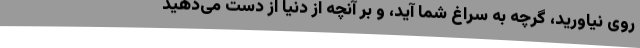
روى نیاورید، گرچه به سراغ شما آید، و بر آنچه از دنیا از دست می‌دهید